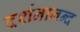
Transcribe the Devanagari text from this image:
दर्शनानन्‍द